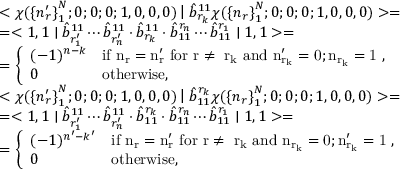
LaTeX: \begin{array} { l } { { < \chi ( { \{ n _ { r } ^ { \prime } \} } _ { 1 } ^ { N } ; 0 ; 0 ; 0 ; 1 , 0 , 0 , 0 ) \left| \right. \hat { b } _ { r _ { k } } ^ { 1 1 } \chi ( { \{ n _ { r } \} } _ { 1 } ^ { N } ; 0 ; 0 ; 0 ; 1 , 0 , 0 , 0 ) > = } } \\ { { = < 1 , 1 \mid \hat { b } _ { r _ { 1 } ^ { \prime } } ^ { 1 1 } \cdots \hat { b } _ { r _ { n } ^ { \prime } } ^ { 1 1 } \cdot \hat { b } _ { r _ { k } } ^ { 1 1 } \cdot \hat { b } _ { 1 1 } ^ { r _ { n } } \cdots \hat { b } _ { 1 1 } ^ { r _ { 1 } } \mid 1 , 1 > = } } \\ { { = \left\{ \begin{array} { l l } { { ( - 1 ) ^ { n - k } } } & { { \mathrm { i f ~ n _ { r } = n _ { r } ^ { \prime } ~ f o r ~ r \neq ~ r _ { k } ~ a n d ~ n _ { r _ { k } } ^ { \prime } = 0 ; n _ { r _ { k } } = 1 ~ } , } } \\ { { 0 } } & { { \mathrm { o t h e r w i s e } , } } \end{array} \right. } } \\ { { < \chi ( { \{ n _ { r } ^ { \prime } \} } _ { 1 } ^ { N } ; 0 ; 0 ; 0 ; 1 , 0 , 0 , 0 ) \left| \right. \hat { b } _ { 1 1 } ^ { r _ { k } } \chi ( { \{ n _ { r } \} } _ { 1 } ^ { N } ; 0 ; 0 ; 0 ; 1 , 0 , 0 , 0 ) > = } } \\ { { = < 1 , 1 \mid \hat { b } _ { r _ { 1 } ^ { \prime } } ^ { 1 1 } \cdots \hat { b } _ { r _ { n } ^ { \prime } } ^ { 1 1 } \cdot \hat { b } _ { 1 1 } ^ { r _ { k } } \cdot \hat { b } _ { 1 1 } ^ { r _ { n } } \cdots \hat { b } _ { 1 1 } ^ { r _ { 1 } } \mid 1 , 1 > = } } \\ { { = \left\{ \begin{array} { l l } { { ( - 1 ) ^ { n ^ { \prime } - k ^ { \prime } } } } & { { \mathrm { i f ~ n _ { r } = n _ { r } ^ { \prime } ~ f o r ~ r \neq ~ r _ { k } ~ a n d ~ n _ { r _ { k } } = 0 ; n _ { r _ { k } } ^ { \prime } = 1 ~ } , } } \\ { { 0 } } & { { \mathrm { o t h e r w i s e } , } } \end{array} \right. } } \end{array}